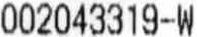
002043319-W